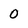
Character: 0